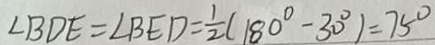
\angle B D E = \angle B E D = \frac { 1 } { 2 } ( 1 8 0 ^ { \circ } - 3 0 ^ { \circ } ) = 7 5 ^ { \circ }